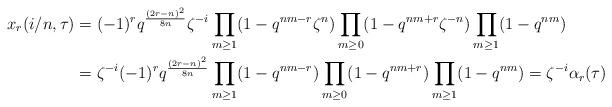
LaTeX: \begin{align*}x_r(i/n,\tau)&=(-1)^r q^{\frac{(2r-n)^2}{8n}} \zeta^{-i}\prod_{m \geq 1}(1-q^{nm-r}\zeta^n)\prod_{m \geq 0}(1-q^{nm+r}\zeta^{-n})\prod_{m \geq 1}(1-q^{nm})\\&=\zeta^{-i}(-1)^r q^{\frac{(2r-n)^2}{8n}}\prod_{m \geq 1}(1-q^{nm-r})\prod_{m \geq 0}(1-q^{nm+r})\prod_{m \geq 1}(1-q^{nm})=\zeta^{-i} \alpha_r(\tau)\end{align*}